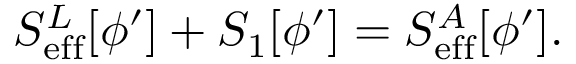
S _ { \mathrm { e f f } } ^ { L } [ \phi ^ { \prime } ] + S _ { 1 } [ \phi ^ { \prime } ] = S _ { \mathrm { e f f } } ^ { A } [ \phi ^ { \prime } ] .